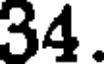
34.